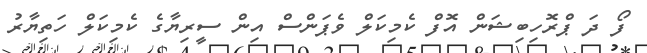
ފޯ ދަ ޕްރޮހިބިޝަން އޮފް ކެމިކަލް ވެޕަންސް އިން ސީރިޔާގެ ކެމިކަލް ހަތިޔާރު